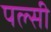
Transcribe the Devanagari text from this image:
पल्सी